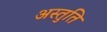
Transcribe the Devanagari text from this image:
अस्तुति